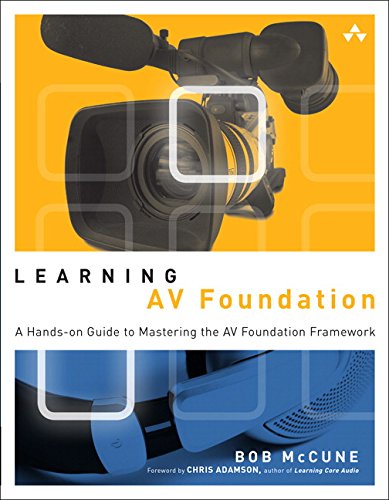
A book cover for Learning AV Foundation: A Hands-on Guide to Mastering the AV Foundation Framework; Bob McCune; Computers & Technology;